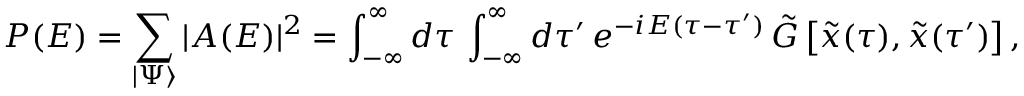
{ \cal P } ( { \cal E } ) = \sum _ { \vert \Psi \rangle } \vert { \cal A } ( { \cal E } ) \vert ^ { 2 } = \int _ { - \infty } ^ { \infty } d \tau \, \int _ { - \infty } ^ { \infty } d \tau ^ { \prime } \, e ^ { - i { \cal E } ( \tau - \tau ^ { \prime } ) } \, { \tilde { G } } \left[ { \tilde { x } } ( \tau ) , { \tilde { x } } ( \tau ^ { \prime } ) \right] ,